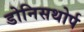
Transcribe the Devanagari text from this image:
डोनिसथोर्प